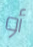
أو